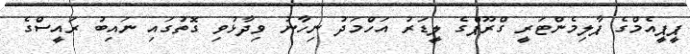
ޕީޕީއެމްގެ ޕާލިމެންޓަރީ ގްރޫޕްގެ ލީޑަރު އަހްމަދު ނިހާނު ވިދާޅުވި ގޮތުގައި ނައިބު ރައީސްގެ